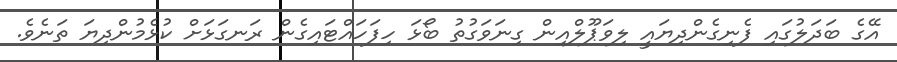
އޭގެ ބަދަލުގައި ފެނިގެންދިޔައީ ލިވަޕޫލްއިން ގިނަވަގުތު ބޯޅަ ހިފަހައްޓައިގެން ރަނގަޅަށް ކުޅެމުންދިޔަ ތަނެވެ.